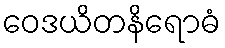
ဝေဒယိတနိရောဓံ